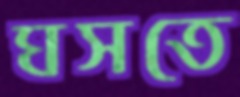
ঘসতে